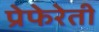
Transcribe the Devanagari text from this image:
प्रेफेरेती